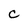
Character: G